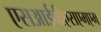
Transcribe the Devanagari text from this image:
एसआईवीएसएमएम